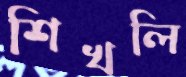
শিখলি